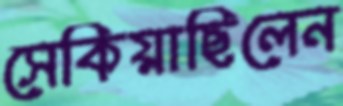
সেকিয়াছিলেন